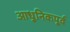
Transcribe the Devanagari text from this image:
आधुनिकपूर्व